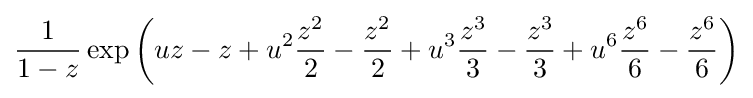
{\frac {1}{1-z}}\exp \left(uz-z+u^{2}{\frac {z^{2}}{2}}-{\frac {z^{2}}{2}}+u^{3}{\frac {z^{3}}{3}}-{\frac {z^{3}}{3}}+u^{6}{\frac {z^{6}}{6}}-{\frac {z^{6}}{6}}\right)